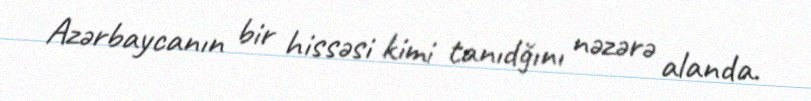
Azərbaycanın bir hissəsi kimi tanıdğını nəzərə alanda.